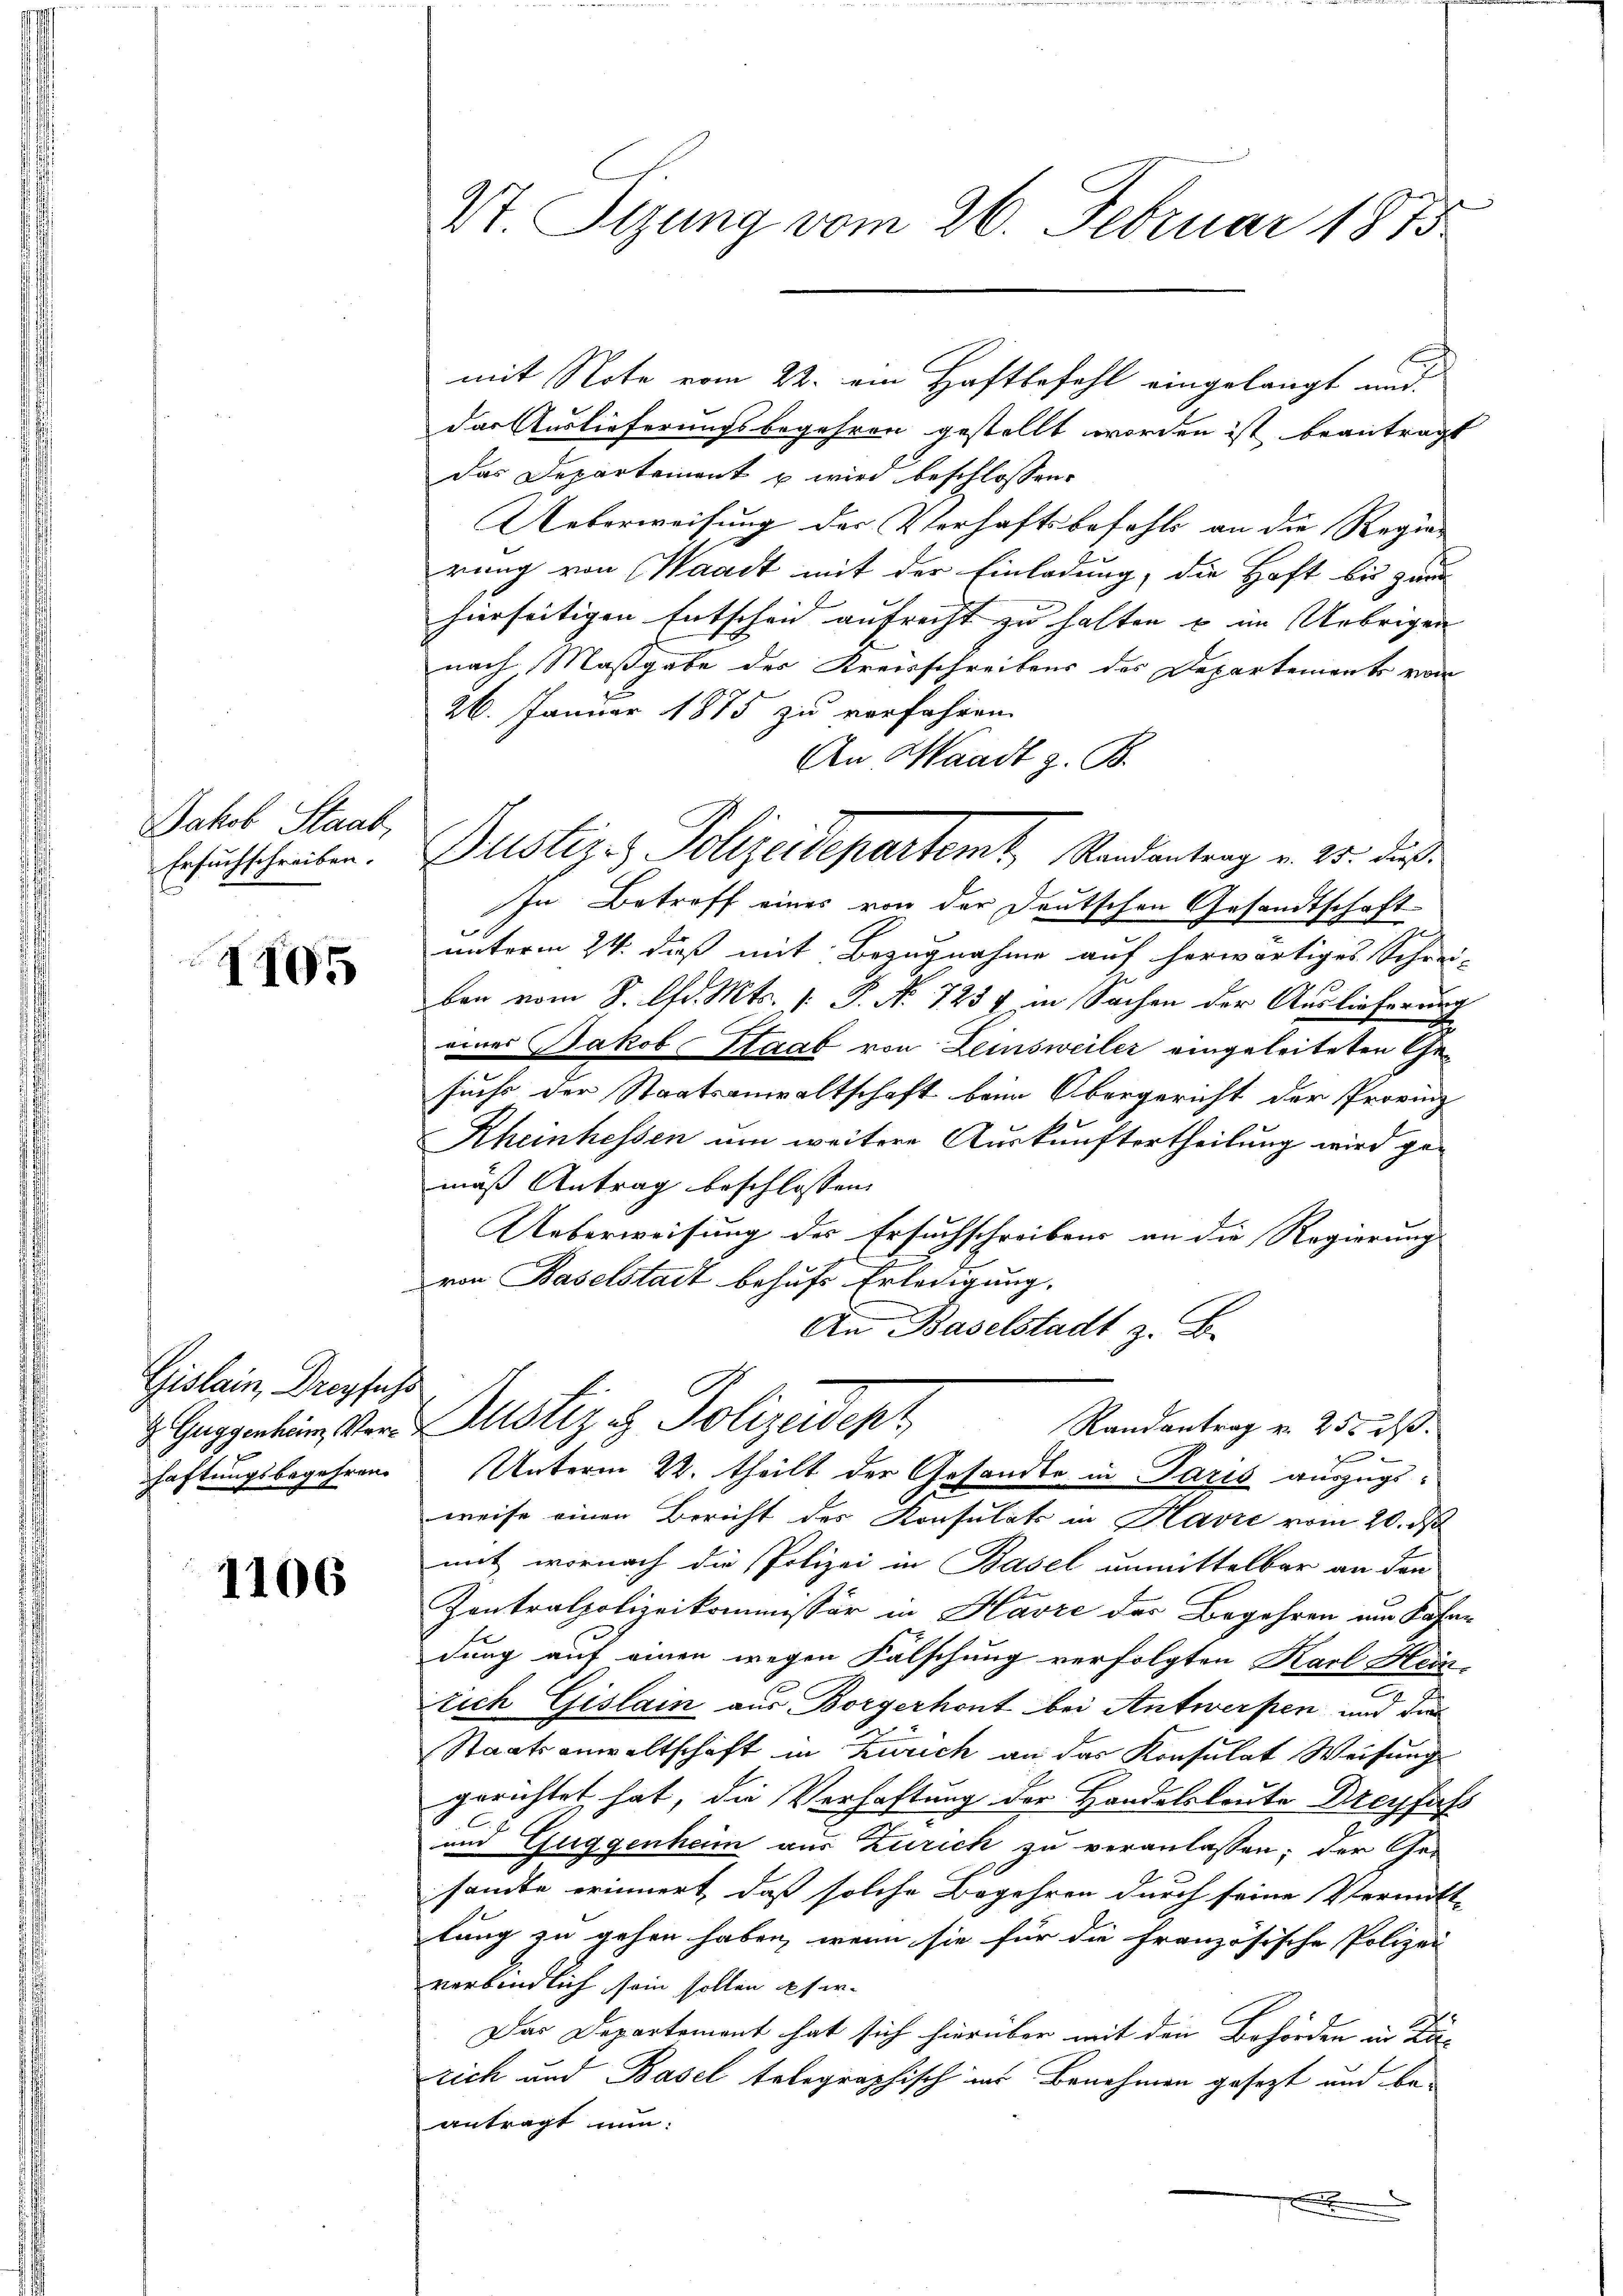
Jakob Staab,
Ersuchschreiben.

1105

Gislein, Dreyfachs
haftungsbegehren.

1106

2t Sizung vom 26. Februar 1873

das Auslieferungsbegehren gestellt worden ist beantragt
das Departement u wird beschlossen:
Ueberweisung der Verhaftsbefehls an die Regierung von Waadt mit der Einladung, die Haft bis zur
hierseitigen Entscheid aufrecht zu halten u im Uebrigen
nach Maßgabe des Kreisschreibens des Departements vom
26. Januar 1875 zu verfahren.
An Waadt z. B.
In Betreff eines von der Deutschen Gesandtschaft
unterm 24. dieß mit Bezugnahme auf herwärtiges Schrei-
ben vom 8. Chr. Mts. 1. P. No 7254 in Sachen der Auslieferung
eines Jakob Staat von Leinsweiler eingeleiteten Gesuchs der Staatsanwaltschaft beim Obergericht der Provinz
Rheinhessen um weitere Auskunftertheilung wird gemäß Antrag beschlossen:
Ueberweisung des Ersuchschreibens an die Regierung
von Baselstadt behufs Erledigung.
An Baselstadt z. B.
. Guggentum von Zustiz & Polizeidept
Randantrag v. 255 d.
F
Unterm 22. theilt der Gesandte in Paris auszugsweise einen Bericht des Konsulats in Havre vom 20. d
mit wornach die Polizei in Basel unmittelbar an den
Zontralpolizeikommissär in Havre der Begehren im Jahren
dung auf einen wegen Falschung verfolgten Karl Hein-
rrich Gislain aus Borgerhont bei Antwerfen und die
Staatsanwaltschaft in Zürich an das Konsulat Weisung
gerichtet hat, die Verhaftung der Handelsleute Dreyfass
und Guggenheim aus Zürich zu veranlassen; der Ge-
sandte erinnert, daß solche Begehren durch seine Vermitt-
lung zu gehen haben, wenn sie für die französische Polizei
verbindlich sein sollen pfer-
Der Departement hat sich hierüber mit den Behörden in Zu-
rich und Basel telegraphisch in Benehmen gesezt und beantragt nun:

Puster z. Polizeidepartemt, Randantrag v. 25. dies

mit Note vom 22. ein Haftbefehl eingelangt und